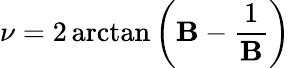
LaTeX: \nu=2\arctan\left(\mathbf{B}-{\frac{{1}}{{\mathbf{B}}}}\right)